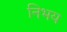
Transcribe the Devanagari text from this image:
निभय